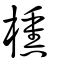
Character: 櫄